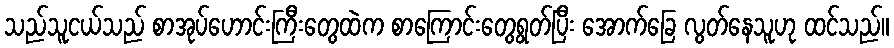
သည်သူငယ်သည် စာအုပ်ဟောင်းကြီးတွေထဲက စာကြောင်းတွေရွတ်ပြီး အောက်ခြေ လွတ်နေသူဟု ထင်သည်။